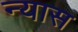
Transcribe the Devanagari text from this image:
न्‍यास